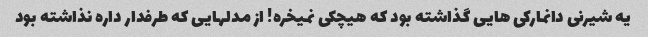
یه شیرنی دانمارکی هایی گذاشته بود که هیچکی نمیخره! از مدلهایی که طرفدار داره نذاشته بود